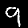
Label: 9